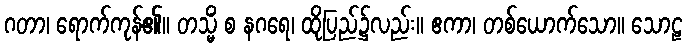
ဂတာ၊ ရောက်ကုန်၏။ တသ္မိံ စ နဂရေ၊ ထိုပြည်၌လည်း။ ဧကာ၊ တစ်ယောက်သော။ သောဠ